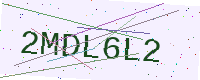
Text: 2MDL6L2